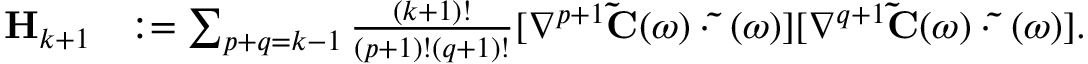
\begin{array} { r l } { { \bf H } _ { k + 1 } } & { \ensuremath { : = } \sum _ { p + q = k - 1 } \frac { ( k + 1 ) ! } { ( p + 1 ) ! ( q + 1 ) ! } [ \nabla ^ { p + 1 } \ensuremath { { \bf \tilde { C } } } ( \omega ) \cdot \ensuremath { { \bf \tilde { \Delta } } } ( \omega ) ] [ \nabla ^ { q + 1 } \ensuremath { { \bf \tilde { C } } } ( \omega ) \cdot \ensuremath { { \bf \tilde { \Delta } } } ( \omega ) ] . } \end{array}